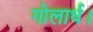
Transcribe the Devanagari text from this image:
गोलार्ध।